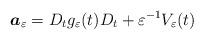
LaTeX: \begin{align*}\boldsymbol{a}_\varepsilon =D_tg_\varepsilon (t )D_t+\varepsilon^{-1} V_\varepsilon (t)\end{align*}